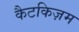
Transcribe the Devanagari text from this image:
कैटकिज़म